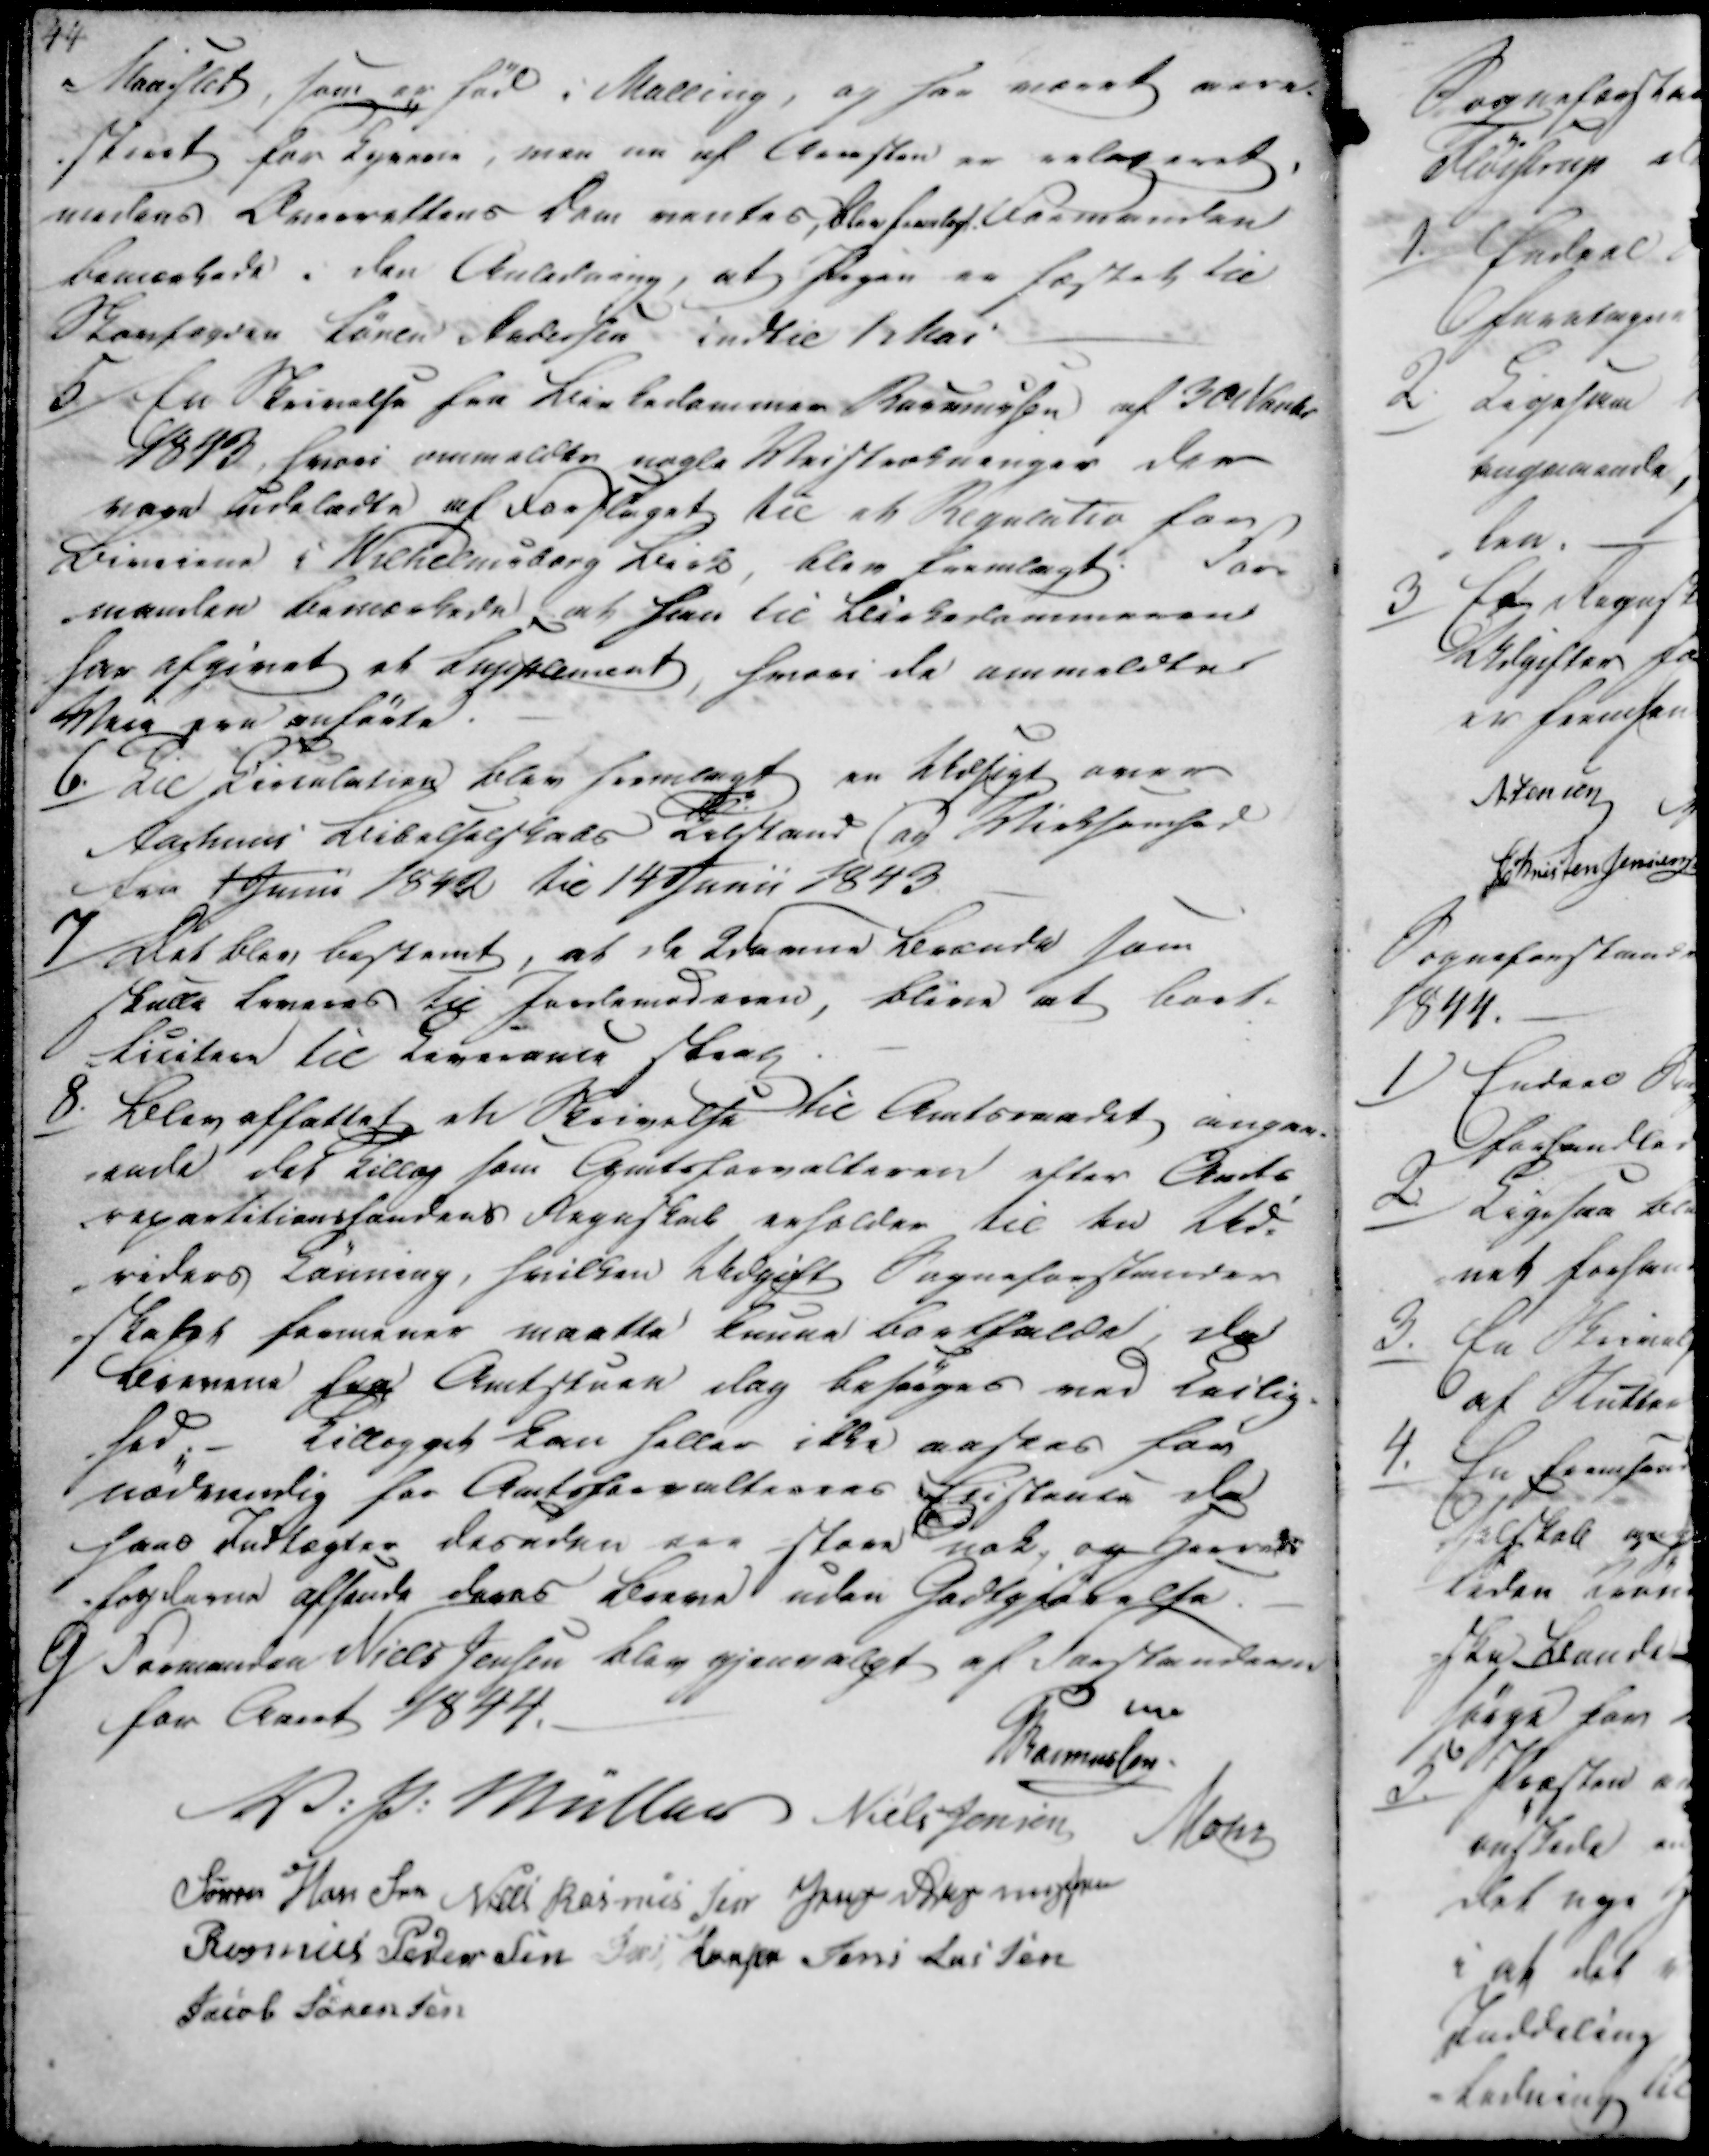
Transskription:
Maarslet, som er fød i Malling, og har været vere.
Stemt for Egenere, men nu af Aensten er relegeret.
medens Overrettens Dom ventes, blev fremlagt. Formanden
bemærkede i den Anledning, at Pigen er fæstet til
Skovfogden Søren Andersen indtil lekai

5/

En Skrivelse fra Birkedommer Rasmussen af 30 Novbr
1843, hvori anmeldes nogle Veistrækninger der
vare Pedeladte af Forslaget til at Regnlatio for
Biveiene i Wilhelmsborg Birk, blev fremlagt. For-
manden bemærkede at han til Birkedommeren
har afgivet et Supplement, hvori de anmeldte
Veie paa anførte.

6.

Til Girenetation blev forelagt en Udsigt over
Aarhus Bibelselskabs Tilstand og Virksomhed
fra 1 Juni 1842 til 14 Juni 1843.

7/

Det blev bestemt, at de 2 denne Bevænde som
skulle leveres til Jordemoderen, blive at bort-
-luitern til Leverance Steal

8.

Blev affattet en Skrivelse til Amtsraadet angaa-
-ende det billag som Amtsforvalteren efter Amts
repartitionsfandaas flegeskab enholder til kn Ukd-
-viders Lønning, hvilken Udgift Sogneforstander
-skabet fremover maatte kunne bortfælde, da
Bierene fra Amtstren dog besørges ved Erilig-
-hed. - Tillægget kan heller ikke anskes som
nødvendig for Amtsforvalterens Eistente da
hans Indtægter desuden saa store nok, og Herreds
-fogderne affinde deres Breve uden Godtgjørelse.

9/
Formanden Niels Jensen blev gjenvalgt af Forstanderne
for Aaret 1844.

Rasmussen
V. P. Müller
Niels Jensen
Mohr
Søren Hansen
Niels Rasmussen
Jens Rasmussen
Rasmus Pedersen
Jens Hansen
Jens Lassen
Jacob Sørensen